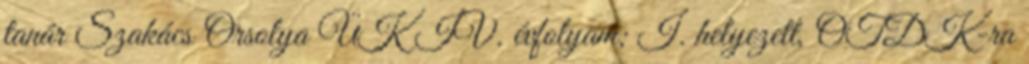
tanár Szakács Orsolya ÜK IV. évfolyam; I. helyezett, OTDK-ra